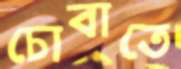
চোবাতে